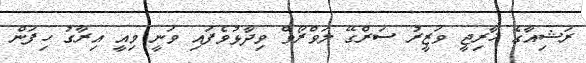
ރަޝިއާގެ ޚާރިޖީ ވަޒީރު ސަރްގޭ ލަވްރޯވް ވިދާޅުވެފައި ވަނީ މިއީ އިރާގު ހިފަން